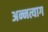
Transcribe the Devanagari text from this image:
अन्नत्याग